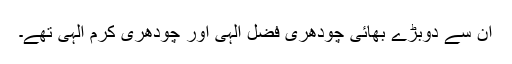
ان سے دوبڑے بھائی چودھری فضل الٰہی اور چودھری کرم الٰہی تھے۔